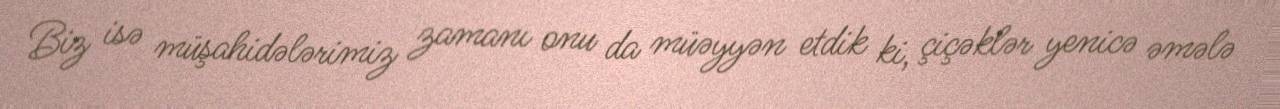
Biz isə müşahidələrimiz zamanı onu da müəyyən etdik ki, çiçəklər yenicə əmələ